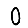
Digit: 0